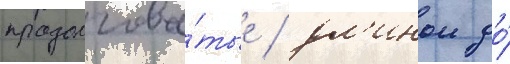
продолгова́тые / дл'инои до́